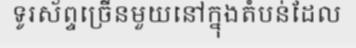
ទូរស័ព្ទច្រើនមួយនៅក្នុងតំបន់ដែល